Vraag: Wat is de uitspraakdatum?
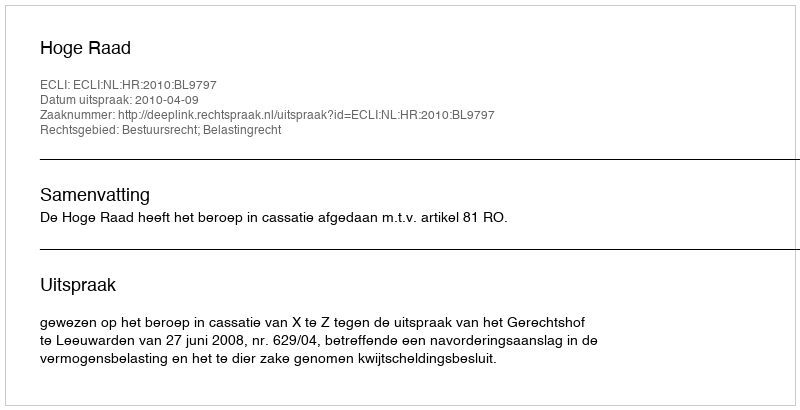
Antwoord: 2010-04-09